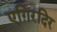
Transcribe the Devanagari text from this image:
एग़िरदिर